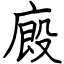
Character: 廄